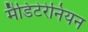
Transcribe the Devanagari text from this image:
मैडिटेरेनियन